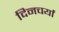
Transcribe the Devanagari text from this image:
दिनचर्यां